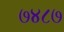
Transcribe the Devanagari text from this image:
७४८७